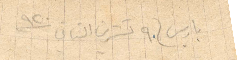
باريس في ٩ تشرين الثاني ١٩٢٠